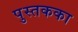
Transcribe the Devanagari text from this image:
पुस्तकका